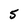
Character: 5